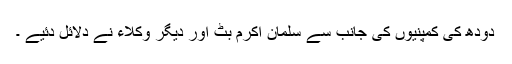
دودھ کی کمپنیوں کی جانب سے سلمان اکرم بٹ اور دیگر وکلاء نے دلائل دئیے ۔